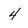
Character: 4